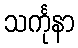
သင်္ကုနာ